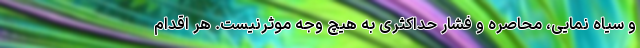
و سیاه نمایی، محاصره و فشار حداکثری به هیچ وجه موثرنیست. هر اقدام